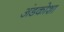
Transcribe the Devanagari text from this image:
अंडकोशा